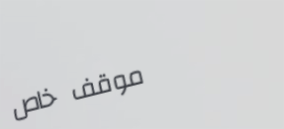
موقف خاص